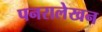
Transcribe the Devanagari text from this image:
पनरालेखन